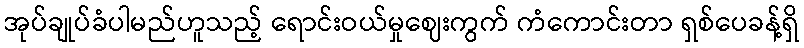
အုပ်ချုပ်ခံပါမည်ဟူသည့် ရောင်းဝယ်မှုဈေးကွက် ကံကောင်းတာ ရှစ်ပေခန့်ရှိ